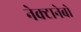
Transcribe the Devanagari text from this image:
नेक्टानेबो